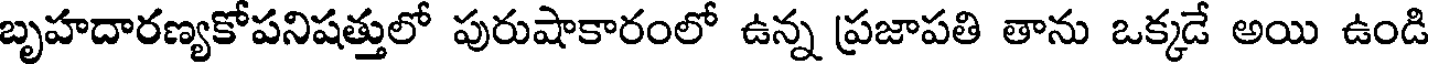
బృహదారణ్యకోపనిషత్తులో పురుషాకారంలో ఉన్న ప్రజాపతి తాను ఒక్కడే అయి ఉండి